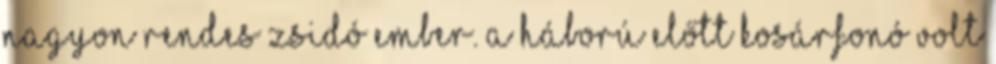
nagyon rendes zsidó ember. A háború előtt kosárfonó volt